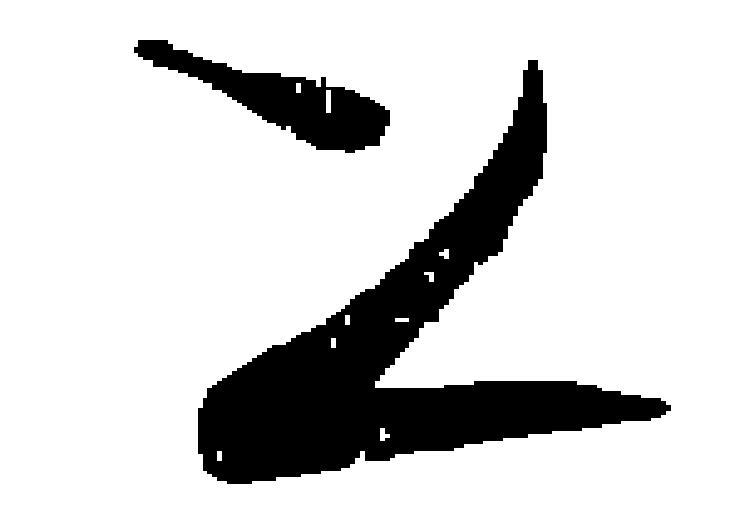
上